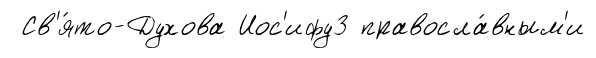
Св'я́то-Духова Иос'ифу3 правосла́вным'и